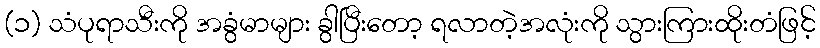
(၁) သံပုရာသီးကို အခွံမာများ ခွါပြီးတော့ ရလာတဲ့အလုံးကို သွားကြားထိုးတံဖြင့်